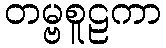
တမ္ဗစူဠကာ